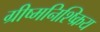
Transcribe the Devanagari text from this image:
ग्रीष्मनिश्ष्क्रिय